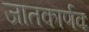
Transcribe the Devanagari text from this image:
जातकार्णवः